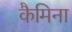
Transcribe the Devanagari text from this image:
कैमिना